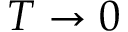
T \to 0